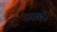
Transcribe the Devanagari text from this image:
नवाही